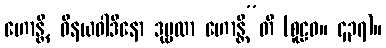
ဟောန္တိ, ဝိနယဝါဒိနော ဒုဗ္ဗလာ ဟောန္တီ”တိ (စူဠဝ။ ၄၃၇)။